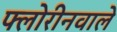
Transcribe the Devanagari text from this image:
फ्लोरीनवाले